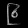
Digit: ၉